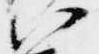
以